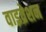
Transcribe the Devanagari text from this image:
वाइव्रेशन